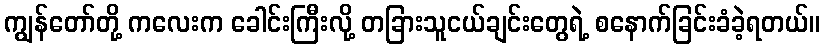
ကျွန်တော်တို့ ကလေးက ခေါင်းကြီးလို့ တခြားသူငယ်ချင်းတွေရဲ့ စနောက်ခြင်းခံခဲ့ရတယ်။